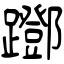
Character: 䠬